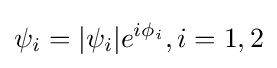
\psi _{i}=|\psi _{i}|e^{i\phi _{i}},i=1,2